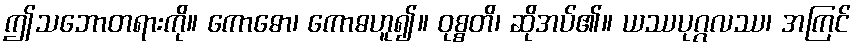
ဤသဘောတရားကို။ ကောဓော၊ ကောဓဟူ၍။ ဝုစ္စတိ၊ ဆိုအပ်၏။ ယဿပုဂ္ဂလဿ၊ အကြင်